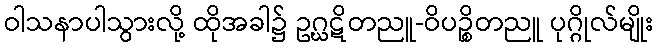
ဝါသနာပါသွားလို့ ထိုအခါ၌ ဥဂ္ဃဋိတညူ-ဝိပဉ္စိတညူ ပုဂ္ဂိုလ်မျိုး